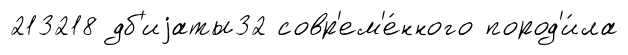
213218 дб'иjаты32 совр'ем'е́нного пород'и́ла